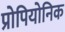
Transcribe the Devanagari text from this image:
प्रोपियोनिक